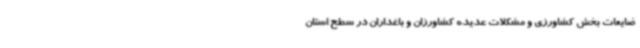
ضایعات بخش کشاورزی و مشکلات عدیده کشاورزان و باغداران در سطح استان